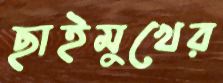
ছাইমুখের